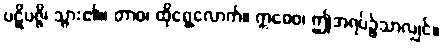
ပဋိပဇ္ဇိ၊ သွား၏။ တာဝ၊ ထိုရွေ့လောက်။ ဣဓေဝ၊ ဤအရပ်၌သာလျှင်။